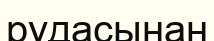
рудасынан